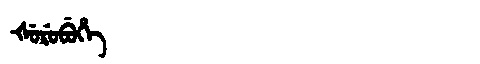
Manchu: ᡧᡠᡵᡠᠪᡠᡥᡝ
Romanization: ŠURUBUHE